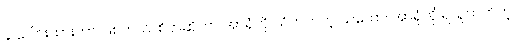
ခု ပေါင်းထားတာ ဖြစ်တယ်၊ စိတ်ဆိုတာ အာရုံကို သိတတ်တဲ့ သဘော၊ အာရုံကို ရယူတတ်တဲ့